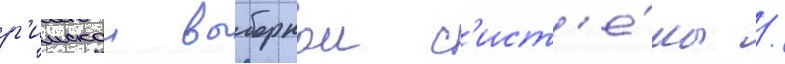
р'имскои выборнои с'ист'е́мы /